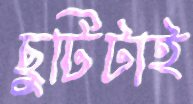
ছুটিটাই